Annual report of the Bengal Veterinary College and of the Civil Veterinary Department, Bengal, for the year 1916-17 - 1916-1917
Year: 1916
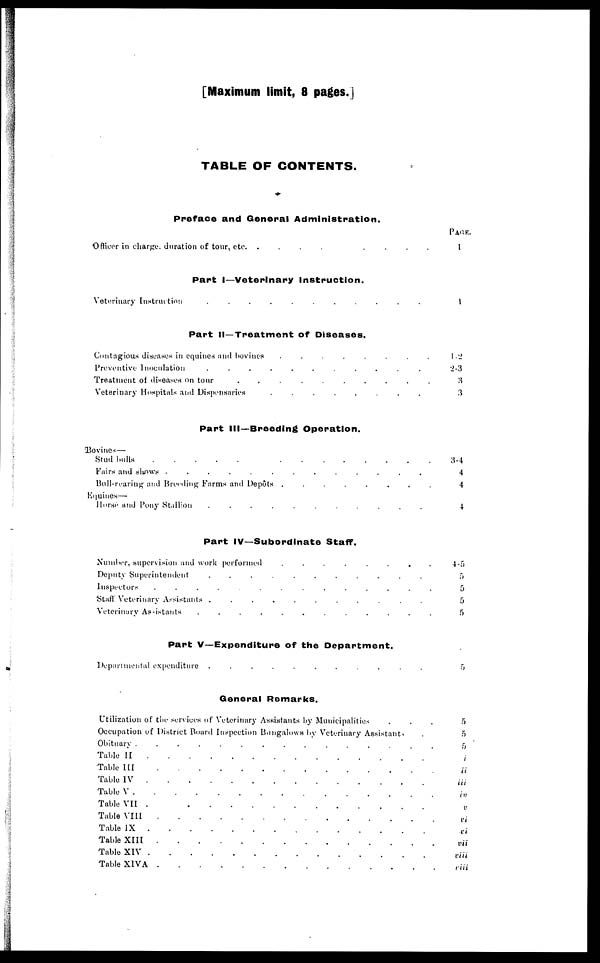
[Maximum limit, 8 pages.]
TABLE OF CONTENTS.
Preface and General Administration.
Officer in charge, duration of tour, etc. . . . . . . . ..
Part I—Veterinary Instruction.
Veterinary Instruction
.
.
.
.
.
.
.
.
.
.
.
Part II—Treatment of Diseases.
Preventive Inoculation
.
.
.
.
.
.
.
.
.
.
.
Treatment of diseases On tour
.
.
.
.
.
.
.
.
.
.
Veterinary Hospitals and Dispensaries
.
.
.
.
.
.
.
.
Part III—Breeding Operation.
Bovines—
Stud Lulls
.
.
.
.
.
.
.
.
.
.
.
.
.
.
.
.
Fairs and shows .
.
.
.
.
.
.
.
.
.
.
.
.
Boll-rearing and Breeding Farms and Depôts . . . . . . . . . . .
Equines—
Horse and Pony Stallion . . . . . . . . . . . .
Part IV—Subordinate Staff.
Number, supervision and work performed
.
.
.
.
.
.
.
.
Deputy Superintendent
.
.
.
.
.
.
.
.
.
.
.
Inspectors
.
.
.
.
.
.
.
.
.
.
.
.
.
.
Staff Veterinary Assistants .
.
.
.
.
.
.
.
.
.
.
Veterinary Assistants
.
.
.
.
.
.
.
.
.
.
.
.
Part V—Expenditure of the Department.
Departmental expenditure .
.
.
.
.
.
.
.
.
.
.
General Remarks.
Utilization of the services of Veterinary Assistants by Municipalities . . . .
Occupation of District Board Inspection Bangalows by Veterinary Assistants . .
Obituary .
.
.
.
.
.
.
.
.
.
.
.
.
.
.
Table II
.
.
.
.
.
.
.
.
.
.
.
.
.
.
.
.
.
Table III . . . . . . . . . . . . . . . . . . . . . .
Table IV
.
.
.
.
.
.
.
.
.
.
.
.
.
.
.
.
.
.
Table V . . . . . . . . . . . . . . . . . . . . . . .
Table VII . . . . . . . . . .
Table VIII
.
.
.
.
.
.
.
.
.
.
Table IX
.
.
.
.
.
.
.
.
.
.
Table XIII
.
.
.
.
.
.
.
.
.
.
.
.
.
.
.
.
.
.
.
.
Table XIV . . . . . . . . . . . . . . . . .. . . .
Table XIVA
.
.
.
.
.
.
.
.
.
.
PAGE.
1
1
1-2
2-3
3
3
3-4
4
4
4
4-5
5
5
5
5
5
5
5
5
i
ii
iii
in
v
vi
xi
vii
viii
viii